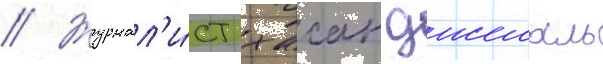
// Журнал'и́ст хасан джемаль